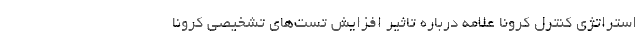
استراتژی کنترل کرونا علامه درباره تاثیر افزایش تست‌های تشخیصی کرونا